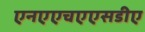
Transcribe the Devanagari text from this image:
एनएएचएएसडीए